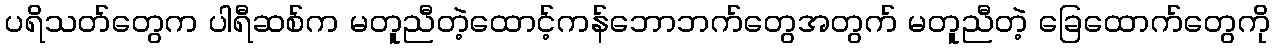
ပရိသတ်တွေက ပါရီဆစ်က မတူညီတဲ့ထောင့်ကန်ဘောဘက်တွေအတွက် မတူညီတဲ့ ခြေထောက်တွေကို